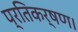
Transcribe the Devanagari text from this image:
प्रतिकर्षण।